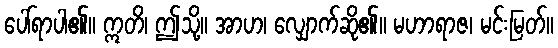
ပေါ်ရာပါ၏။ ဣတိ၊ ဤသို့။ အာဟ၊ လျှောက်ဆို၏။ မဟာရာဇ၊ မင်းမြတ်။